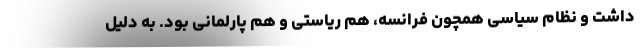
داشت و نظام سیاسی همچون فرانسه، هم ریاستی و هم پارلمانی بود. به دلیل